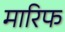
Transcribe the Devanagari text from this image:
मारिफ